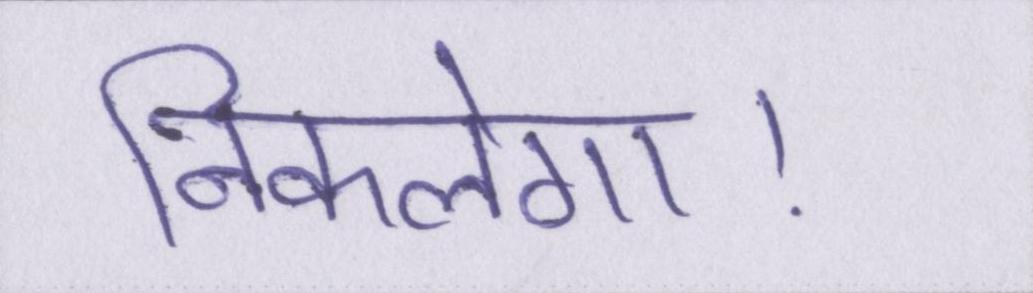
निकलेगा।